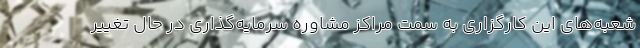
شعبه‌های این کارگزاری به سمت مراکز مشاوره سرمایه‌گذاری در حال تغییر